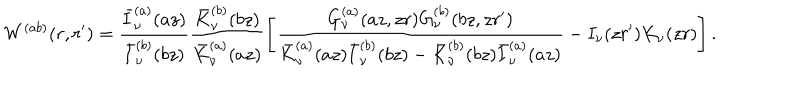
W ^ { ( a b ) } ( r , r ^ { \prime } ) = \frac { \bar { I } _ { \nu } ^ { ( a ) } ( a z ) } { \bar { I } _ { \nu } ^ { ( b ) } ( b z ) } \frac { \bar { K } _ { \nu } ^ { ( b ) } ( b z ) } { \bar { K } _ { \nu } ^ { ( a ) } ( a z ) } \left[ \frac { G _ { \nu } ^ { ( a ) } ( a z , z r ) G _ { \nu } ^ { ( b ) } ( b z , z r ^ { \prime } ) } { \bar { K } _ { \nu } ^ { ( a ) } ( a z ) \bar { I } _ { \nu } ^ { ( b ) } ( b z ) - \bar { K } _ { \nu } ^ { ( b ) } ( b z ) \bar { I } _ { \nu } ^ { ( a ) } ( a z ) } - I _ { \nu } ( z r ^ { \prime } ) K _ { \nu } ( z r ) \right] .